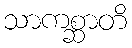
သာကစ္ဆာတိ